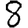
Digit: 8